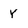
Character: Y